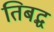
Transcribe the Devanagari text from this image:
तिबद्ध